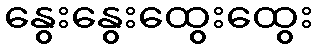
နွေးနွေးထွေးထွေး